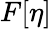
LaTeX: F[\eta]